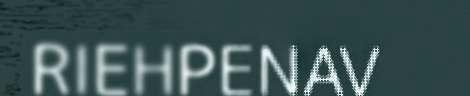
RIEHPENAV